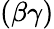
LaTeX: (\beta\gamma)